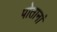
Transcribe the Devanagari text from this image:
पोतानां